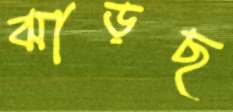
ঝাড়ছ